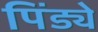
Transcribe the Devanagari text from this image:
पिंड्ये